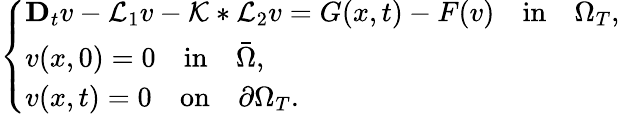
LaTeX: \left\{ \begin{array}{ll}{\mathbf{D}_{t}v-\mathcal{L}_{1}v-\mathcal{K}*\mathcal{L}_{2}v=G(x,t)-F(v)\quad\mathrm{in}\quad\Omega_{T},}\\ {v(x,0)=0\quad\mathrm{in}\quad\bar{\Omega},}\\ {v(x,t)=0\quad\mathrm{on}\quad\partial\Omega_{T}.}\end{array}\right.